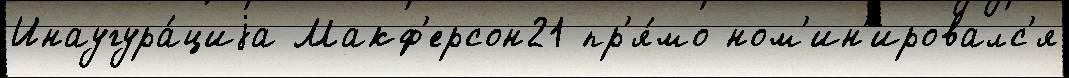
Инаугура́циjа Макф'ерсон21 пр'я́мо ном'ин'ировалс'я